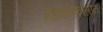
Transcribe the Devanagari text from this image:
मध्यान्हकालीन